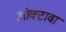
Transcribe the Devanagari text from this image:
ओक्टावा